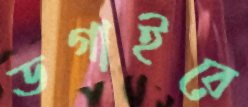
ডগাইরে